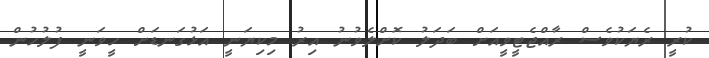
ކުރީ ރެޔަކުވެސް ރާއްޖެޓީވީއަށް ބަދަލު ކޮށްލެވުނު އިރު މިކިޔަނީ އަޅުގަނޑަށް ހީވަނީ ފުލުހުން